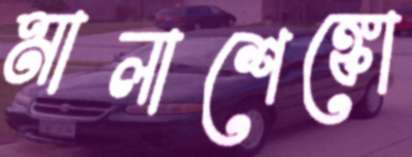
মালাশেঙ্কো